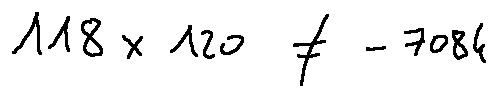
1 1 8 \times 1 2 0 \neq - 7 0 8 4